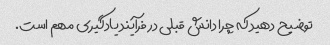
توضیح دهید که چرا دانش قبلی در فرآیند یادگیری مهم است.